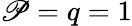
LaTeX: \mathscr{P}=q=1